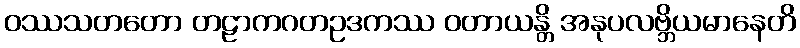
ဝဿသတတော တဠာကဂတဥဒကဿ ဝတာယန္တိ အနုပလဗ္ဘိယမာနေတိ